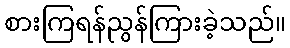
စားကြရန်ညွန်ကြားခဲ့သည်။